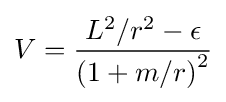
V={\frac {L^{2}/r^{2}-\epsilon }{\left(1+m/r\right)^{2}}}